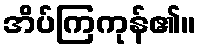
အိပ်ကြကုန်၏။